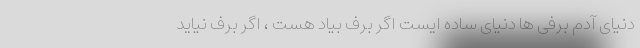
دنیای آدم برفی ها دنیای ساده ایست اگر برف بیاد هست ، اگر برف نیاید